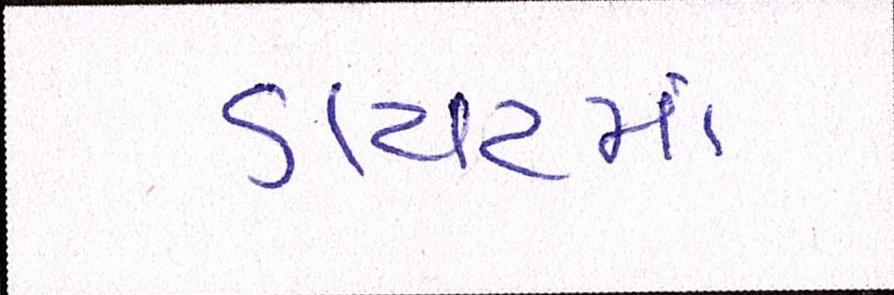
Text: ડાયટમાં